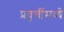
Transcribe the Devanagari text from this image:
प्रवृत्तींमध्ये